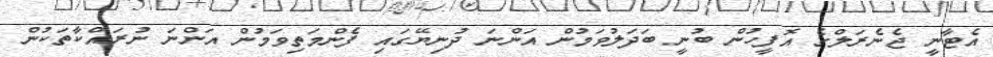
އެޓާނީ ޖެނެރަލްގެ އޮފީހުން ބުނީ ބަދަލުވަމުން އަންނަ ދުނިޔޭގައި ފެންމަތިވަމުން އަންނަ ނުރައްކާތަކުން